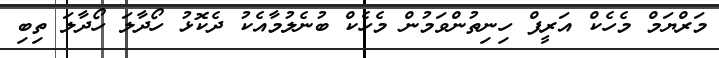
މަރްޔަމް މެހެކް އަރީފް ހިނިތުންވަމުން މެހެކް ބުނެލުމާއެކު ދެކޮޅު ހޯދާލަ ހޯދާލަ ތިބި